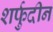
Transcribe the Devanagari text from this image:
शर्फुदीन